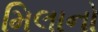
મિલાનો